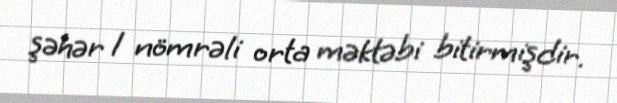
şəhər 1 nömrəli orta məktəbi bitirmişdir.